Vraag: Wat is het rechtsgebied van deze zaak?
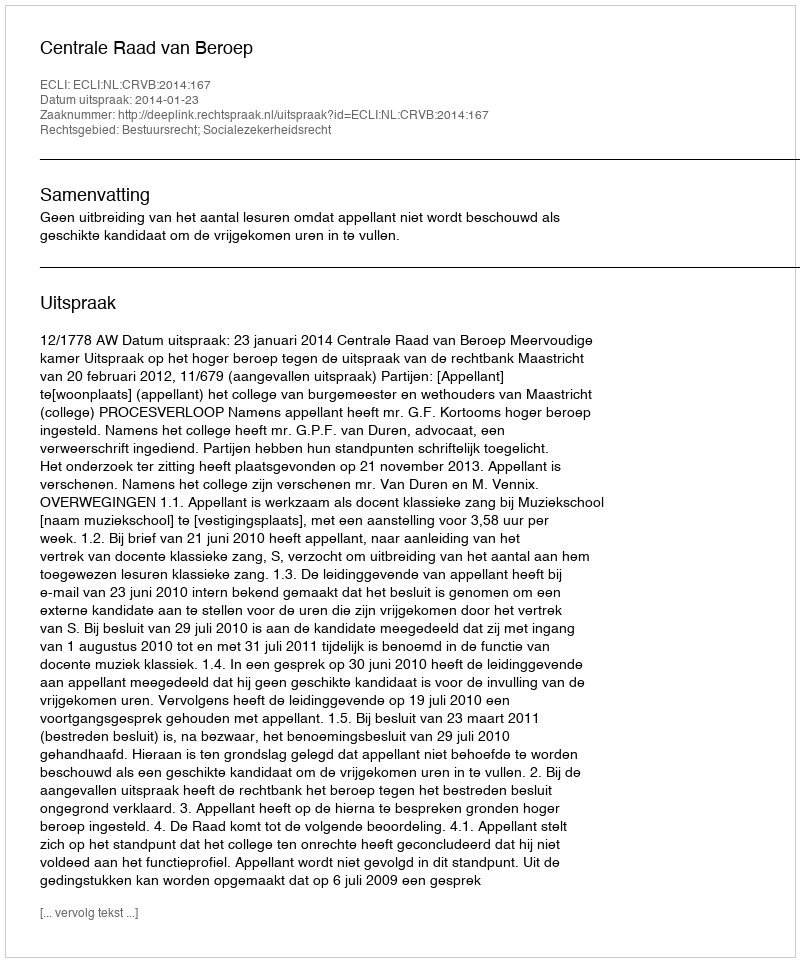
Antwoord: Bestuursrecht; Socialezekerheidsrecht